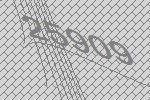
25909